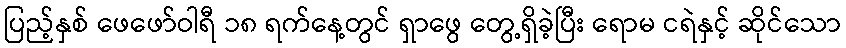
ပြည့်နှစ် ဖေဖော်ဝါရီ ၁၈ ရက်နေ့တွင် ရှာဖွေ တွေ့ရှိခဲ့ပြီး ရောမ ငရဲနှင့် ဆိုင်သော